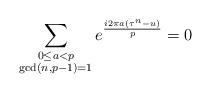
LaTeX: \begin{align*}\sum_{\substack{0\leq a< p\\\gcd(n,p-1)=1}}e^{\frac{i2\pi a(\tau^{n}-u)}{p}} =0\end{align*}